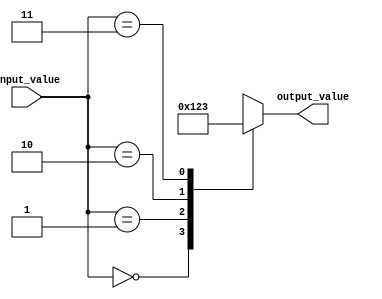
module full_case_statement (
    input [1:0] input_value,
    output reg [3:0] output_value
);

always @* begin
    case (input_value)
        2'b00: output_value = 4'b0000;
        2'b01: output_value = 4'b0001;
        2'b10: output_value = 4'b0010;
        2'b11: output_value = 4'b0011;
        default: output_value = 4'bXXXX; //default value if input is not matched
    endcase
end

endmodule